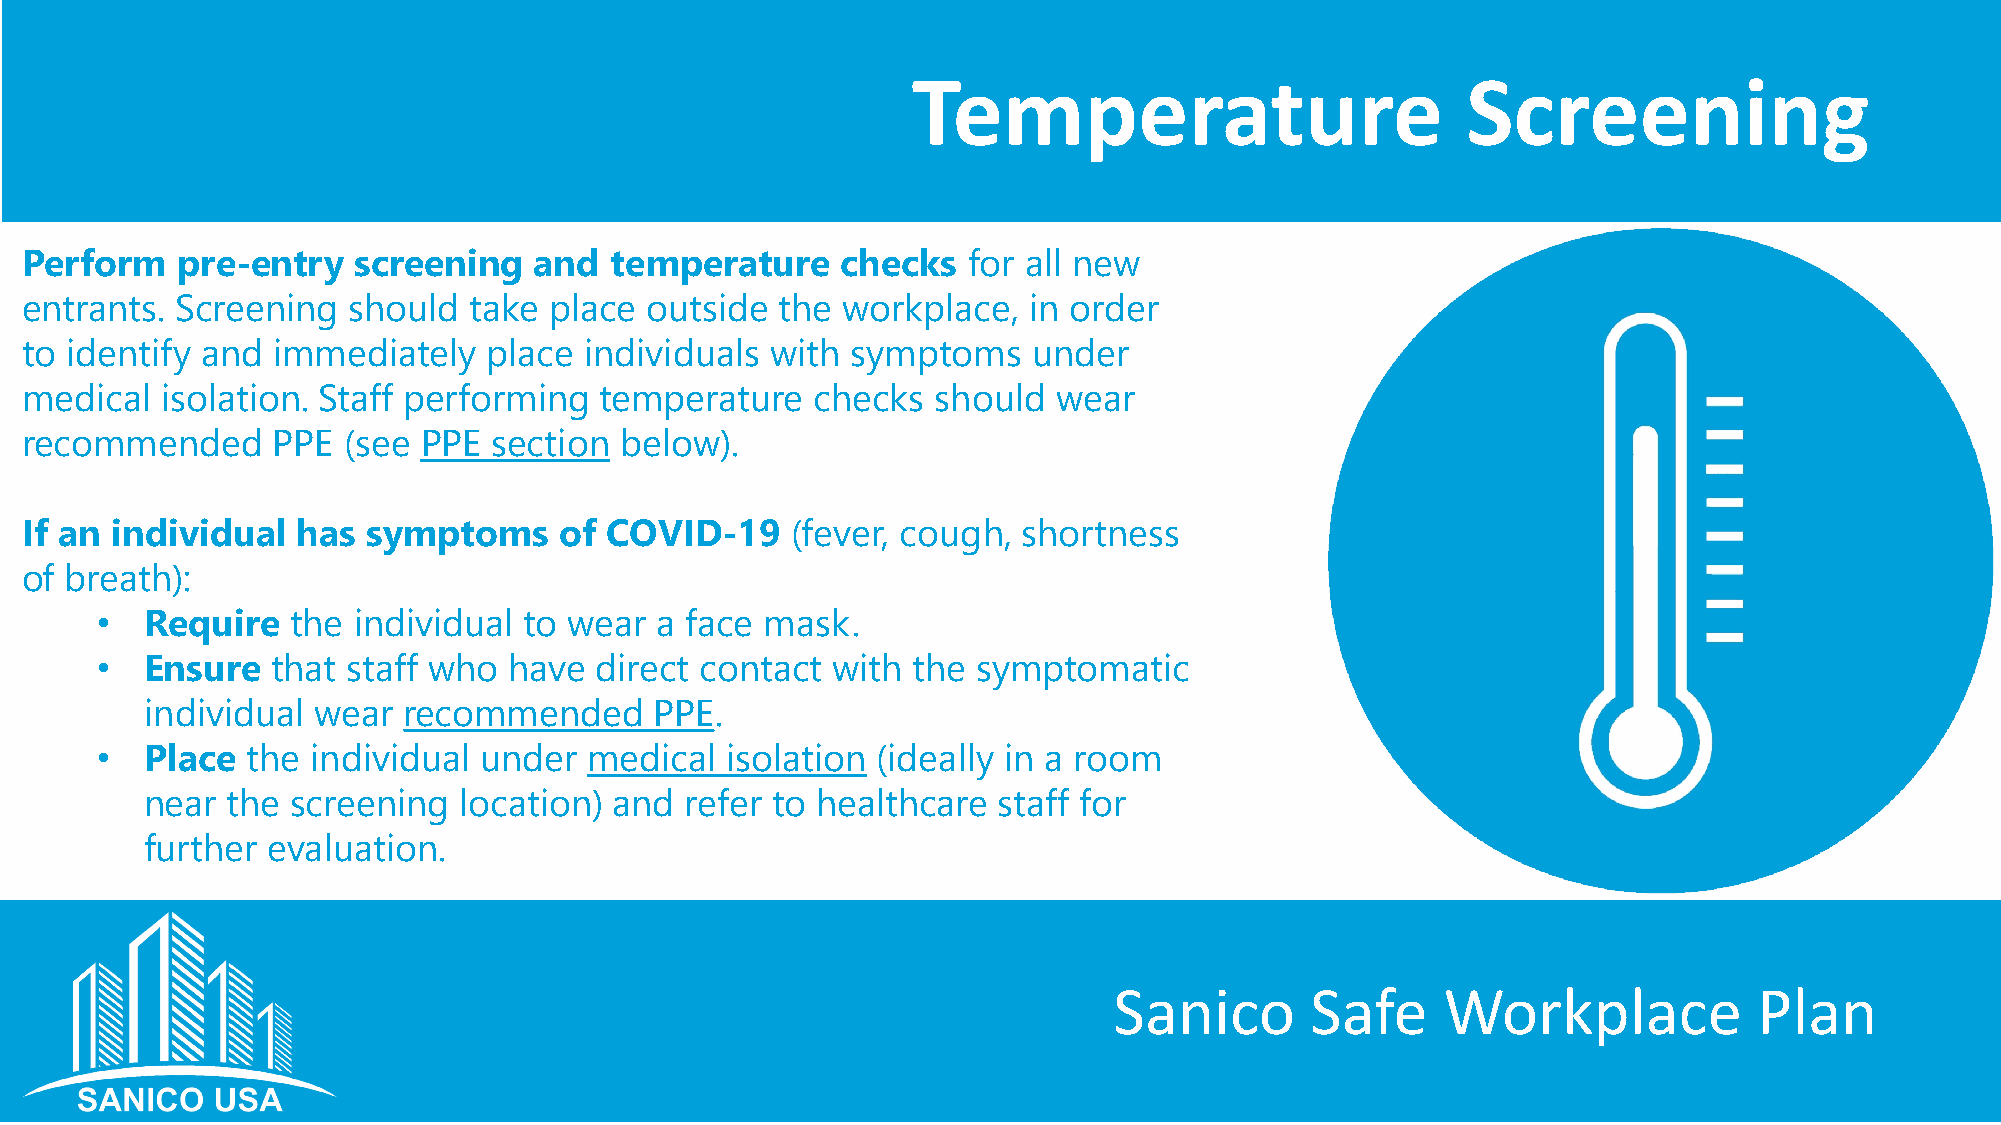
Temperature                          Screening
 Perform    pre-entry  screening   and  temperature     checks  for all new
 entrants.  Screening  should  take place  outside  the workplace,  in order
 to identify and  immediately   place  individuals with symptoms    under
 medical   isolation. Staff performing  temperature   checks  should  wear
 recommended      PPE  (see PPE  section below).
 If an individual   has symptoms     of COVID-19    (fever, cough,  shortness
 of breath):
 •   Require  the individual  to wear a face  mask.
 •   Ensure  that staff who  have direct contact  with the  symptomatic
 individual wear  recommended     PPE.
 •   Place the  individual under  medical  isolation (ideally in a room
 near the screening  location)  and refer to healthcare  staff for
 further evaluation.
 Sanico       Safe     Workplace           Plan